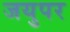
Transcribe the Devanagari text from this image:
जयुपर